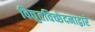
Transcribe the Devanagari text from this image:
विद्युतविच्छेदनाद्वारे